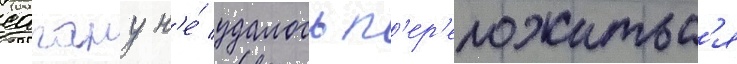
сагану н'е́ удалось п'ер'еложитьс'я